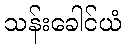
သန်းခေါင်ယံ